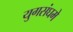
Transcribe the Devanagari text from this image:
युगसंघमे